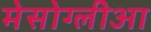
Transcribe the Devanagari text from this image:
मेसोग्लीआ